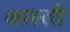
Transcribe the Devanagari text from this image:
कास्ती